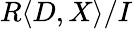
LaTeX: R\langle D,X\rangle/I